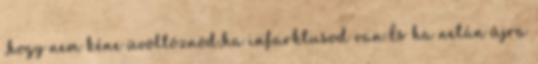
,hogy nem kéne üvöltöznöd,ha infarktusod van.És ha netán újra